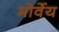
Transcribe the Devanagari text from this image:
मोर्वेय